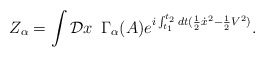
\begin{align*}Z_{\alpha} = \int {\cal D} x \,\,\, \Gamma_\alpha (A) \displaystyle{e}^{ i\int_{t_1}^{t_2} dt({1\over 2} {\dot x}^2 - {1\over 2}V^2)}. \end{align*}